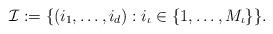
LaTeX: \begin{align*} \mathcal{I} := \{(i_1,\ldots,i_{d}): i_\iota \in \{1,\ldots,M_\iota\} \}.\end{align*}